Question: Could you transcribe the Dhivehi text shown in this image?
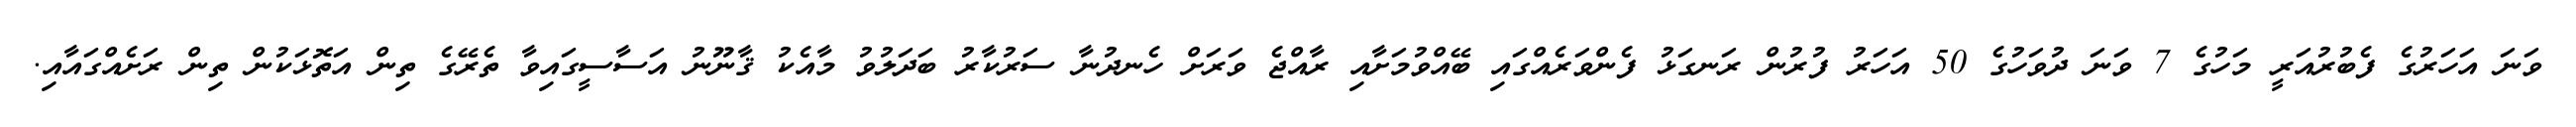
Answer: ވަނަ އަހަރުގެ ފެބުރުއަރީ މަހުގެ 7 ވަނަ ދުވަހުގެ 50 އަހަރު ފުރުން ރަނގަޅު ފެންވަރެއްގައި ބޭއްވުމަށާއި ރާއްޖެ ވަރަށް ހެނދުނާ ސަރުކާރު ބަދަލުވު މާއެކު ޤާނޫނު އަސާސީގައިވާ ތެރޭގެ ތިން އަތޮޅަކުން ތިން ރަށެއްގައާއި.